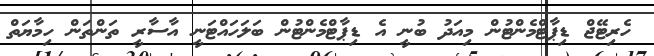
ހެރިޓޭޖް ޑިޕާޓްމެންޓުން މިއަދު ބުނީ އެ ޑިޕާޓްމެންޓުން ބަލަހައްޓަނީ އާސާރީ ތަންތަން ހިމާޔަތް